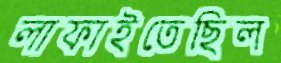
লাফাইতেছিল